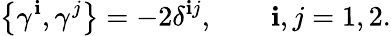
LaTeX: \left\{ \gamma^{\mathbf{i}},\gamma^{j}\right\} =-2\delta^{\mathbf{i}j},\qquad\mathbf{i},j=1,2.